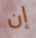
إن